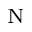
_ \mathrm { N }